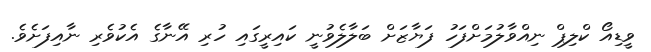
ވީޑިއޯ ކްލިޕް ނިއްވާލުމަށްފަހު ފަޔާޒަށް ބަލާލެވުނީ ކައިރީގައި ހުރި އޭނާގެ އެކުވެރި ނާއިފަށެވެ.